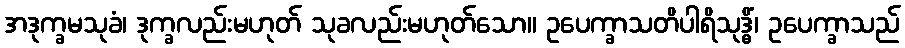
အဒုက္ခမသုခံ၊ ဒုက္ခလည်းမဟုတ် သုခလည်းမဟုတ်သော။ ဥပေက္ခာသတိပါရိသုဒ္ဓိံ၊ ဥပေက္ခာသည်